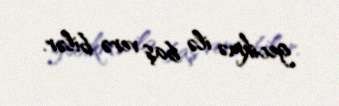
gecikmə ilə baş verə bilər.